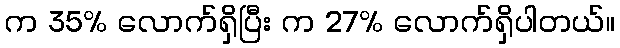
က 35% လောက်ရှိပြီး က 27% လောက်ရှိပါတယ်။